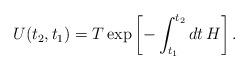
LaTeX: \begin{align*}U(t_{2},t_{1})=T\exp\left[ -\int_{t_{1}}^{t_{2}}dt\,H\right] .\end{align*}